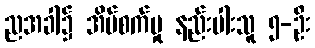
ညအခါ၌ အိပ်စက်မှု နည်းပါးသူ ၅-ဦး